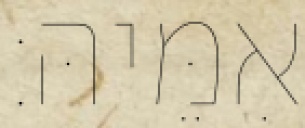
אִמֵּיהּ׃